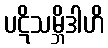
ပဋိသမ္ဘိဒါဟိ